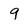
Character: 9